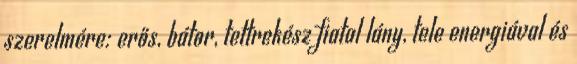
szerelmére: erős, bátor, tettrekész fiatal lány, tele energiával és